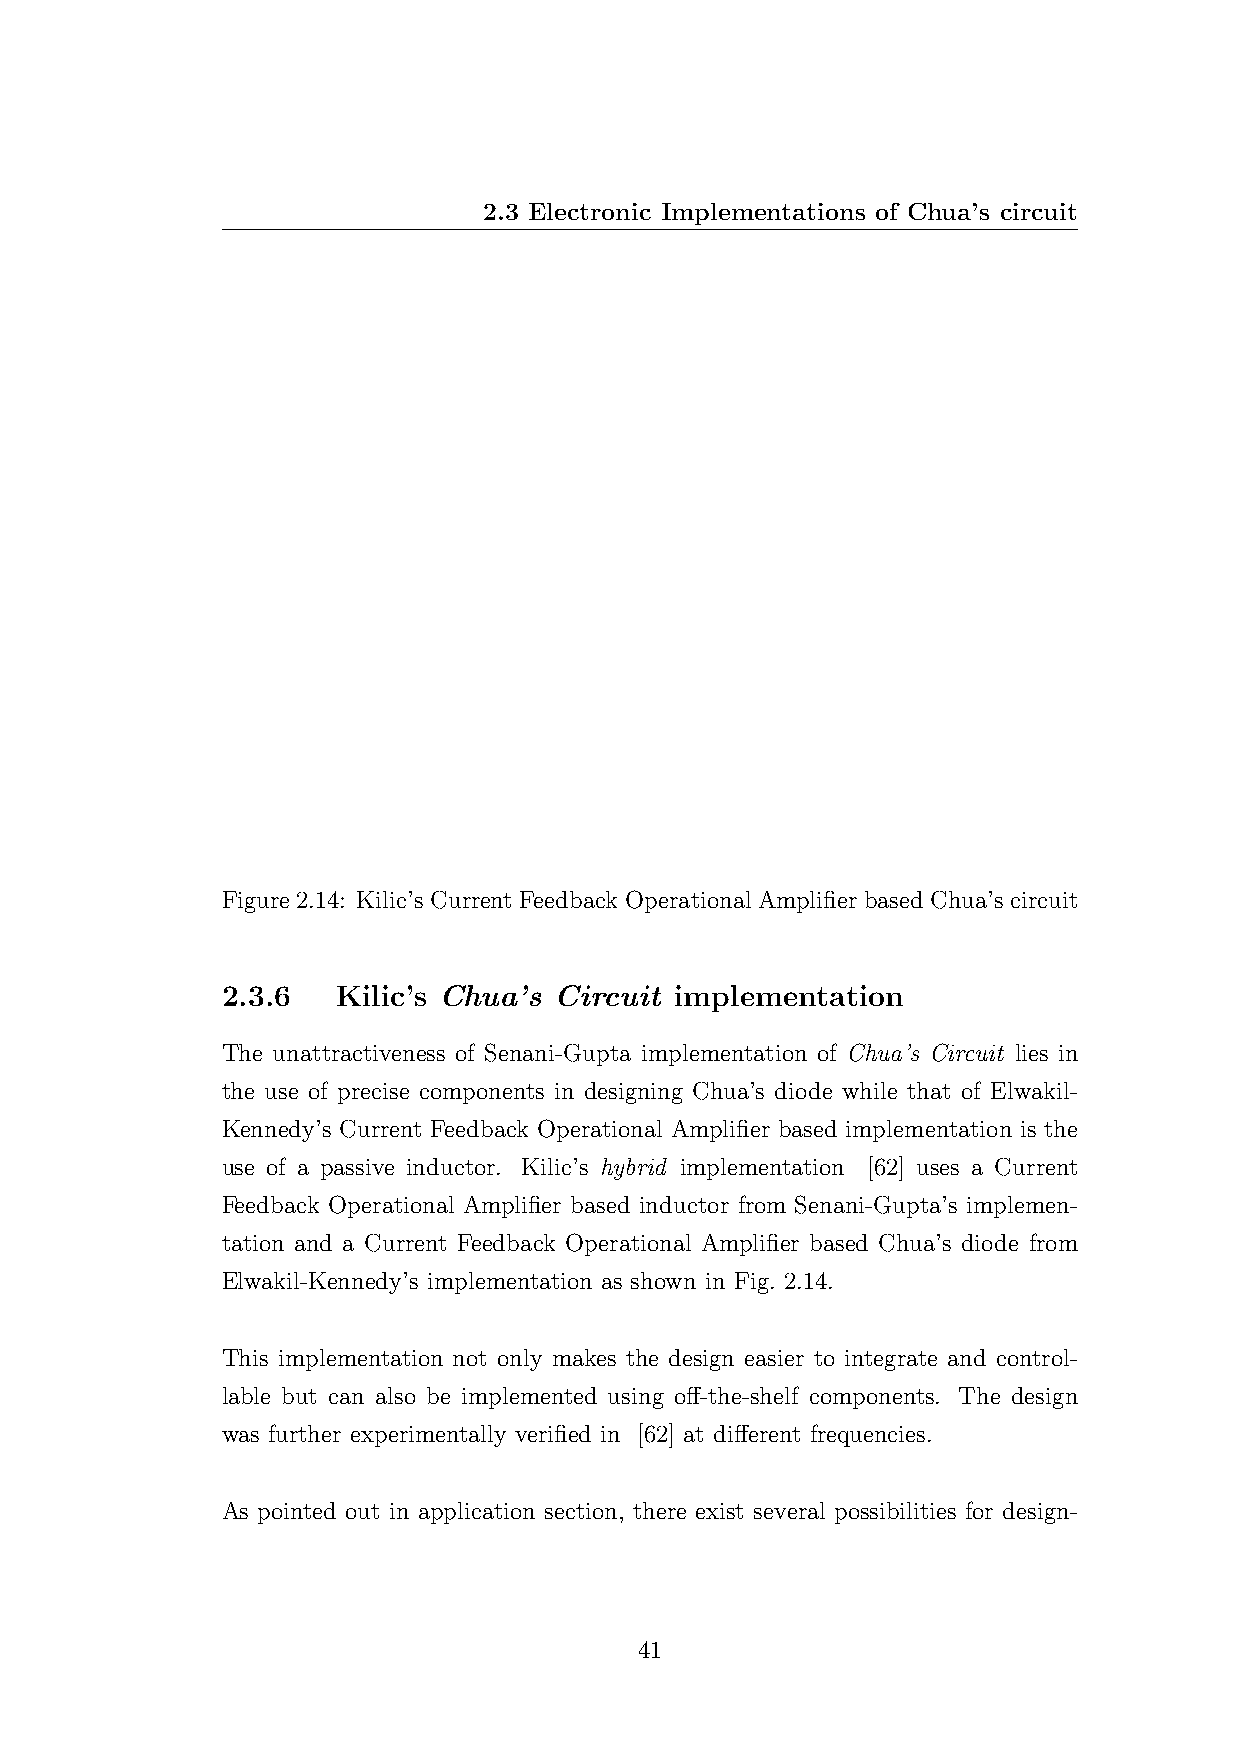
2.3 Electronic Implementations of Chua’s circuit
 Figure 2.14: Kilic’s Current Feedback Operational Amplifier based Chua’s circuit
 2.3.6  Kilic’s Chua’s Circuit implementation
 The unattractiveness of Senani-Gupta implementation of Chua’s Circuit lies in
 the use of precise components in designing Chua’s diode while that of Elwakil-
 Kennedy’s Current Feedback Operational Amplifier based implementation is the
 use of a passive inductor. Kilic’s hybrid implementation [62] uses a Current
 Feedback Operational Amplifier based inductor from Senani-Gupta’s implemen-
 tation and a Current Feedback Operational Amplifier based Chua’s diode from
 Elwakil-Kennedy’s implementation as shown in Fig. 2.14.
 This implementation not only makes the design easier to integrate and control-
 lable but can also be implemented using off-the-shelf components. The design
 was further experimentally verified in [62] at different frequencies.
 As pointed out in application section, there exist several possibilities for design-
 41